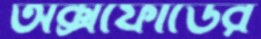
অক্সফোর্ডের